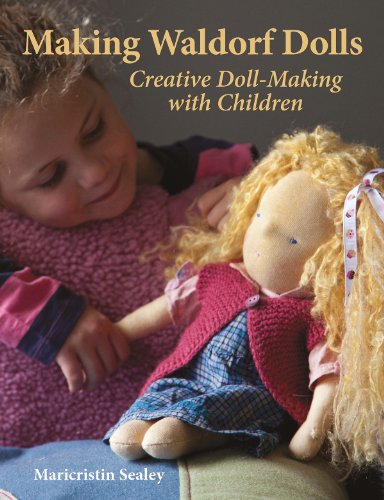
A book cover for Making Waldorf Dolls (Crafts and Family Activities); Maricristin Sealey; Religion & Spirituality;